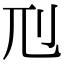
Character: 𠚯